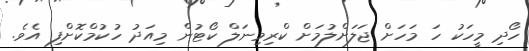
ހޯދި މީހަކު ހަ މަހަށް ޖަލަށްލުމަށް ކްރިމިނަލް ކޯޓުން މިއަދު ހުކުމްކޮށްފި އެވެ.